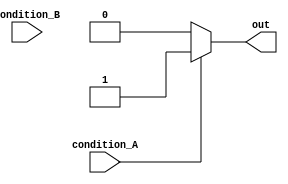
module multiple_if_else_statement (
    input wire condition_A,
    input wire condition_B,
    output wire out
);

reg out;

always @* begin
    if (condition_A) begin
        out = 1;
    end
    else if (condition_B) begin
        out = 0;
    end
    else begin
        out = 2;
    end
end

endmodule